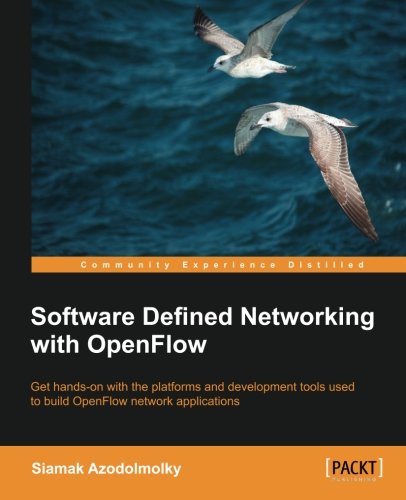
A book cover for Software Defined Networking with OpenFlow; Siamak Azodolmolky; Computers & Technology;